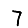
Digit: 7